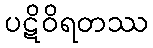
ပဋိဝိရတဿ